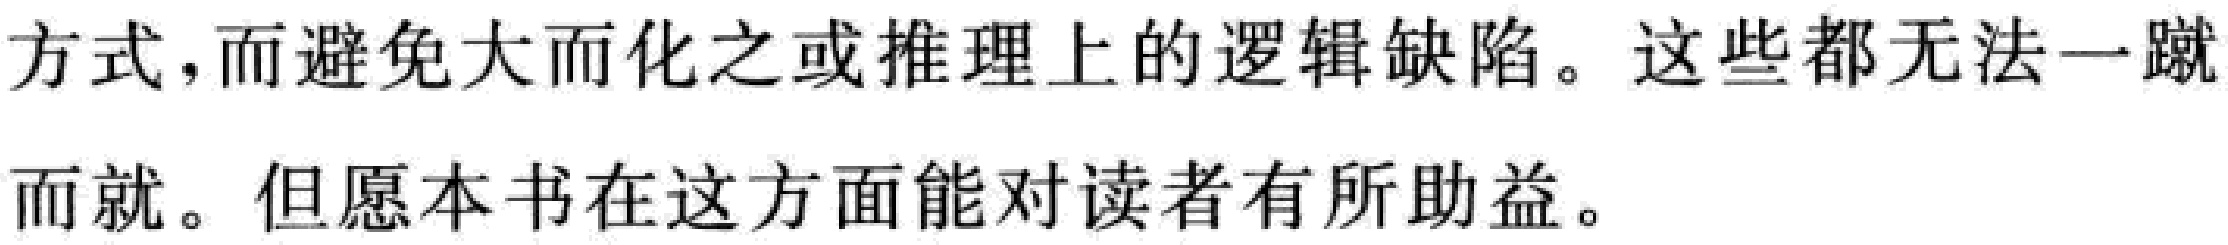
方式，而避免大而化之或推理上的逻辑缺陷。这些都无法一蹴而就。但愿本书在这方面能对读者有所助益。